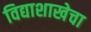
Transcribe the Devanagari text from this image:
विद्याशाखेचा